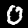
Digit: 0